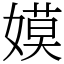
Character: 嫫